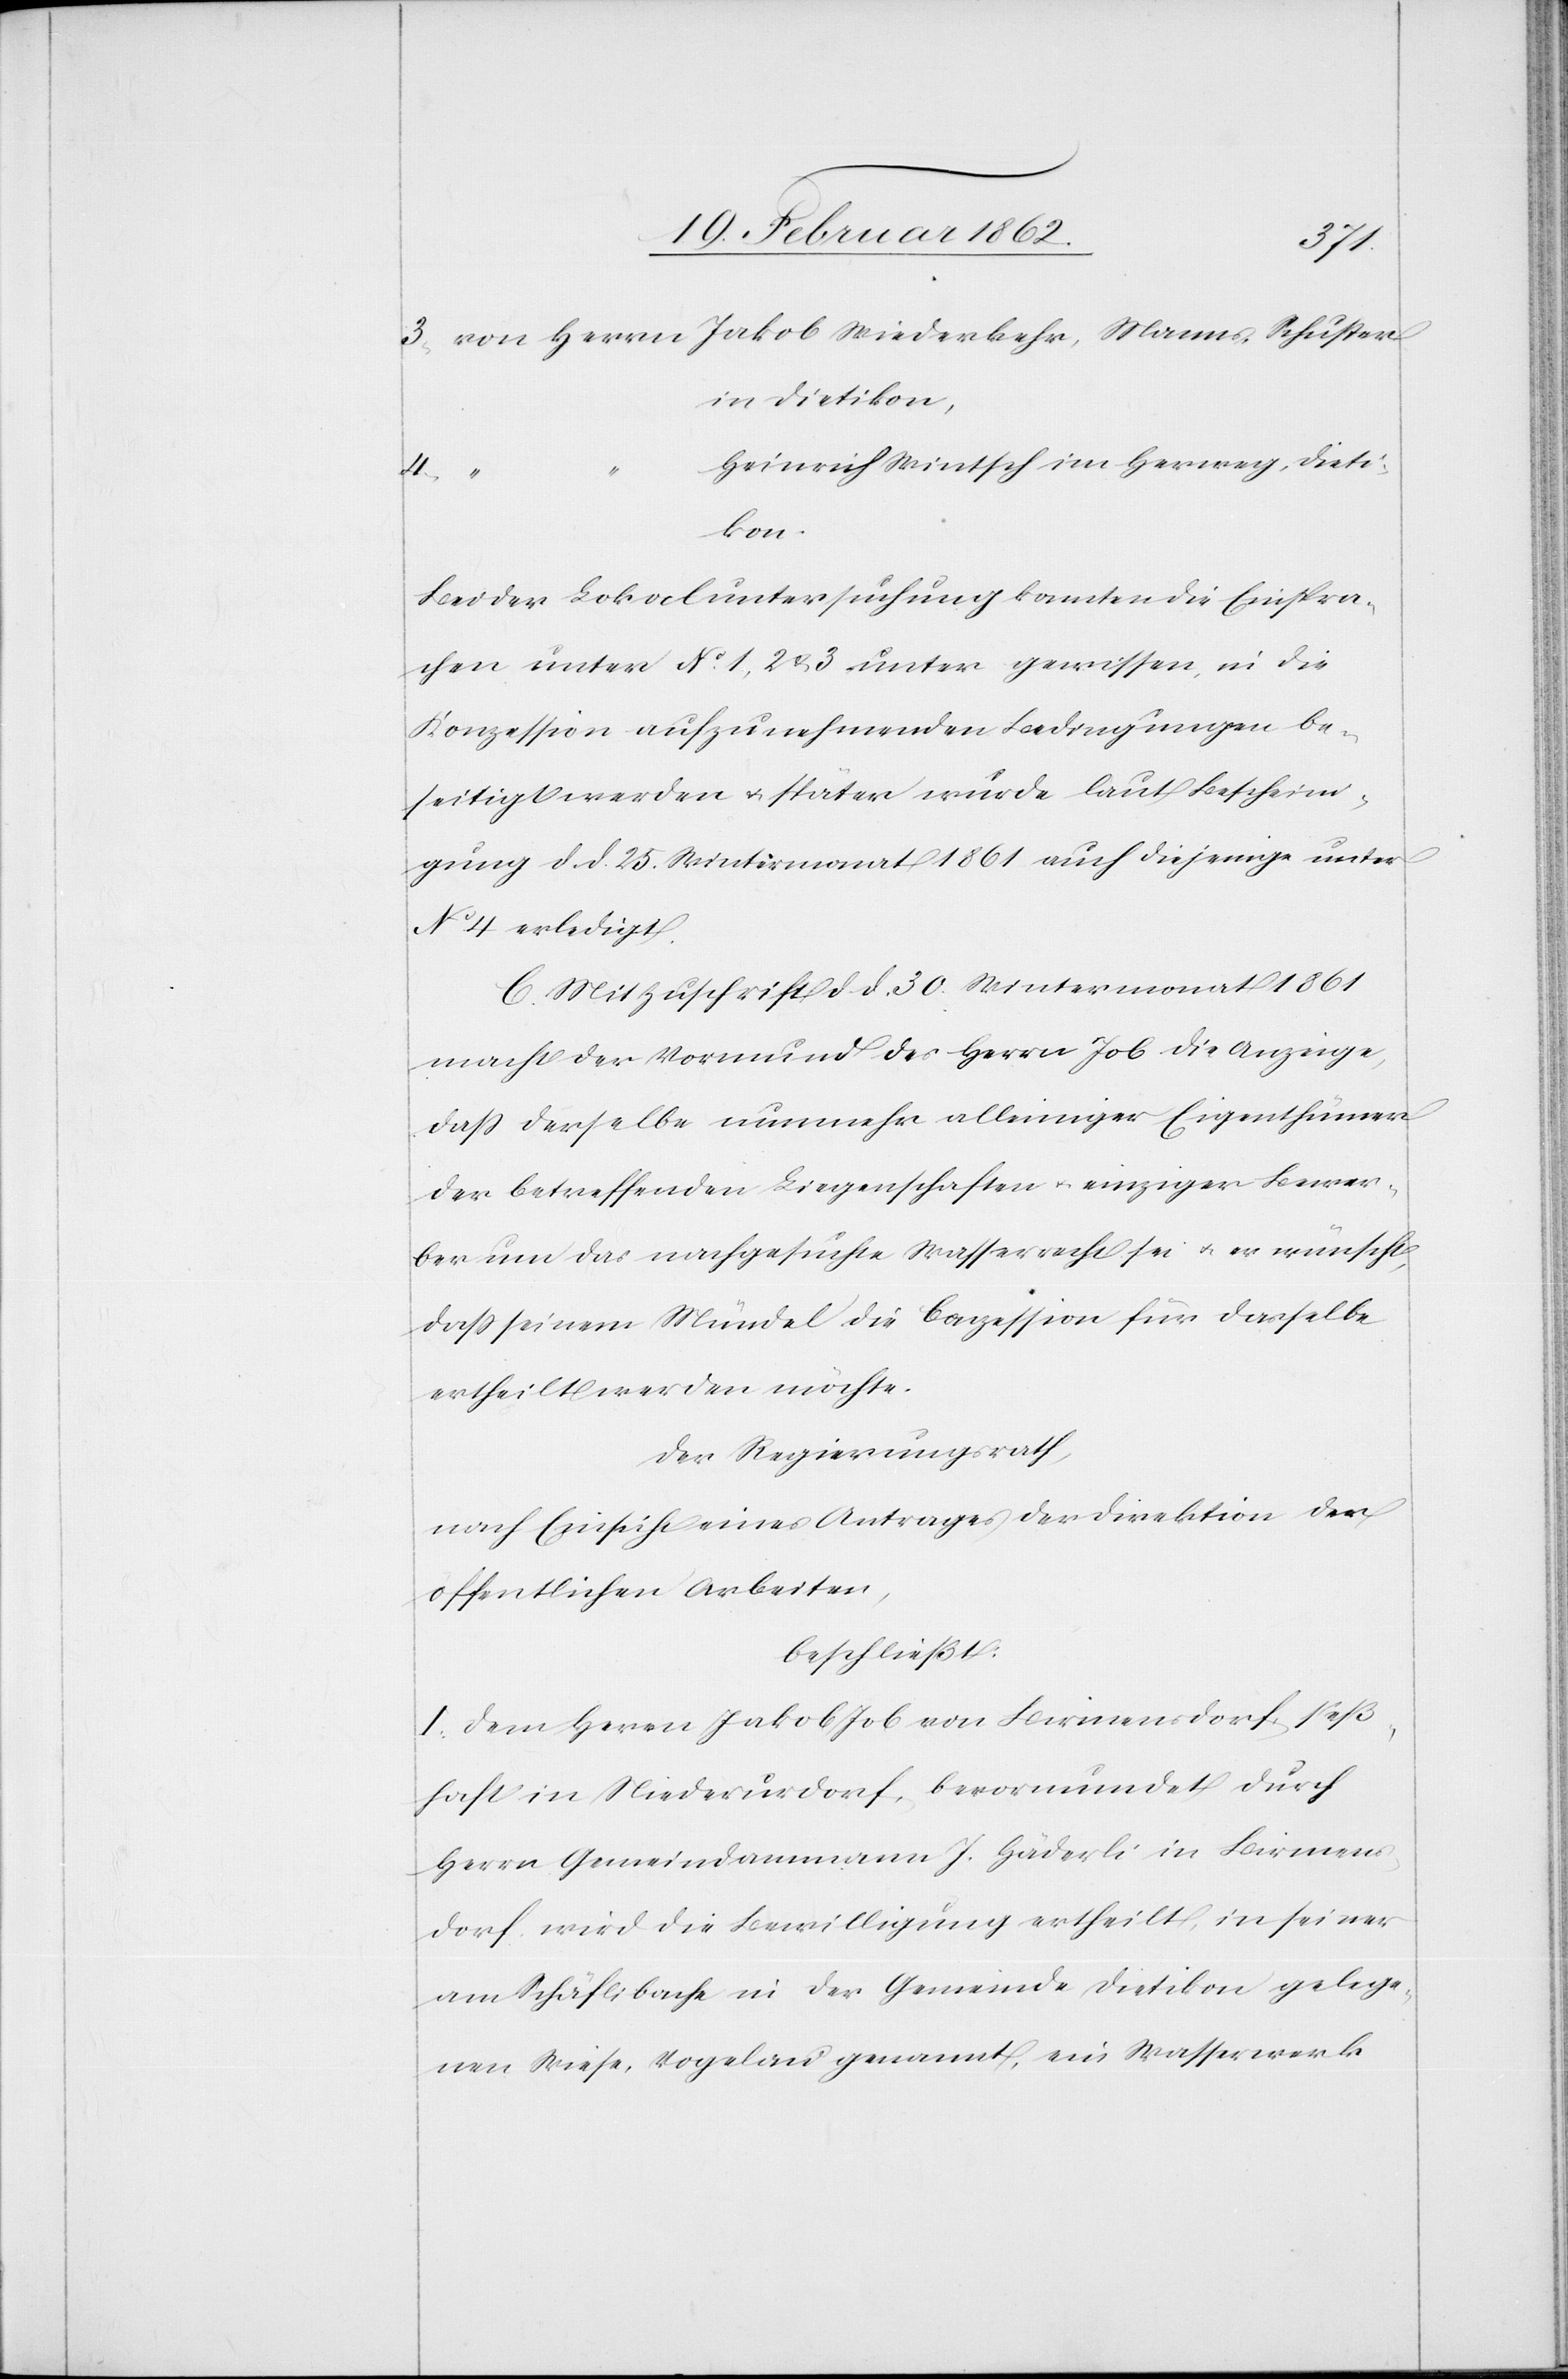
3) von Herrn Jakob Wiederkehr, Manns-Schuster
in Dietikon,
Heinrich Wintsch im Herweg, Dieti¬
kon.
Bei der Lokaluntersuchung konnten die Einspra¬
chen unter No. 1, 2 & 3 unter gewissen in die
Konzession aufzunehmenden Bedingungen be¬
seitigt werden u. später wurde laut Bescheini¬
gung d. d. 25. Wintermonat 1861 auch diejenige unter
No 4 erledigt.
C. Mit Zuschrift d. d. 30. Wintermonat 1861
macht der Vormund des Herrn Job die Anzeige,
daß derselbe nunmehr alleiniger Eigenthümer
der betreffenden Liegenschaften u. einziger Bewer¬
ber um das nachgesuchte Wasserrecht sei u. er wünscht,
daß seinem Mündel die Conzession für dasselbe
ertheilt werden möchte.
Der Regierungsrath,
nach Einsicht eines Antrages der Direktion der
öffentlichen Arbeiten,
beschließt:
I. Dem Herrn Jakob Job von Birmensdorf, seß¬
haft in Niederurdorf, bevormundet durch
Herrn Gemeindammann J. Häderli in Birmens¬
dorf, wird die Bewilligung ertheilt, in seiner
am Schäflibache in der Gemeinde Dietikon gelege¬
ne Wiese, Vogelau genannt, ein Wasserwerk